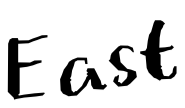
Text: East
Cross-out: clean
Writing tool: digital_black